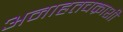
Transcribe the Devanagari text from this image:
अनाहतचक्राशी